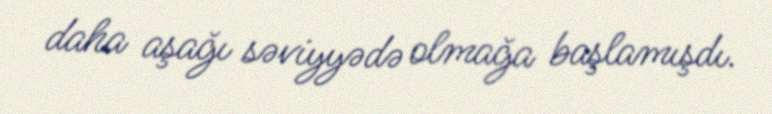
daha aşağı səviyyədə olmağa başlamışdı.